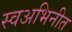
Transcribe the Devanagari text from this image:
स्वअभिनीत